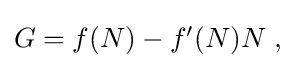
{\textstyle G=f(N)-f^{\prime }(N)N\;,}